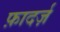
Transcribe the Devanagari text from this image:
फ़ादर्ज़